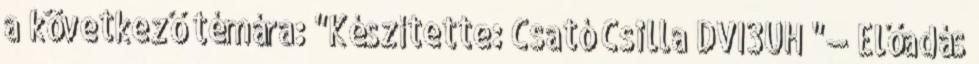
a következő témára: "Készítette: Csató Csilla DVI3UH "— Előadás